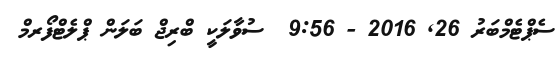
ސެޕްޓެމްބަރު 26